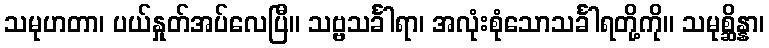
သမုဟတာ၊ ပယ်နှုတ်အပ်လေပြီ။ သဗ္ဗသင်္ခါရာ၊ အလုံးစုံသောသင်္ခါရတို့ကို။ သမုစ္ဆိန္နာ၊